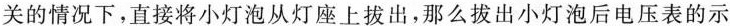
关的情况下，直接将小灯泡从灯座上拔出，那么拔出小灯泡后电压表的示